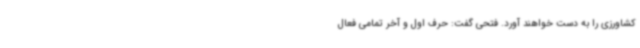
کشاورزی را به دست خواهند آورد. فتحی گفت: حرف اول و آخر تمامی فعال